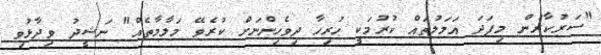
"ސަރުކާރުން މިފަދަ އަމަލުތައް ކުރުމަކީ ހުރިހާ ދިވެހިންނަށް ކުރެވޭ މަލާމާތެއް" ނަޝީދު ވިދާޅުވި